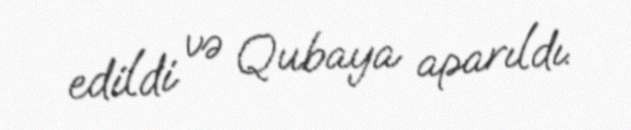
edildi və Qubaya aparıldı.